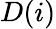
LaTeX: D(i)